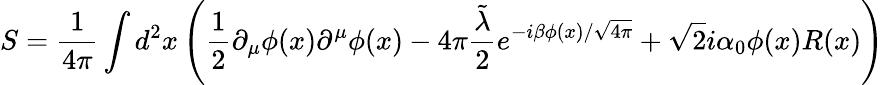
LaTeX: S=\frac{1}{4\pi}\int d^{2}x\left(\frac{1}{2}\partial_{\mu}\phi(x)\partial^{\mu}\phi(x)-4\pi\frac{\tilde{\lambda}}{2}e^{-i\beta\phi(x)/\sqrt{4\pi}}+\sqrt{2}i\alpha_{0}\phi(x)R(x)\right)